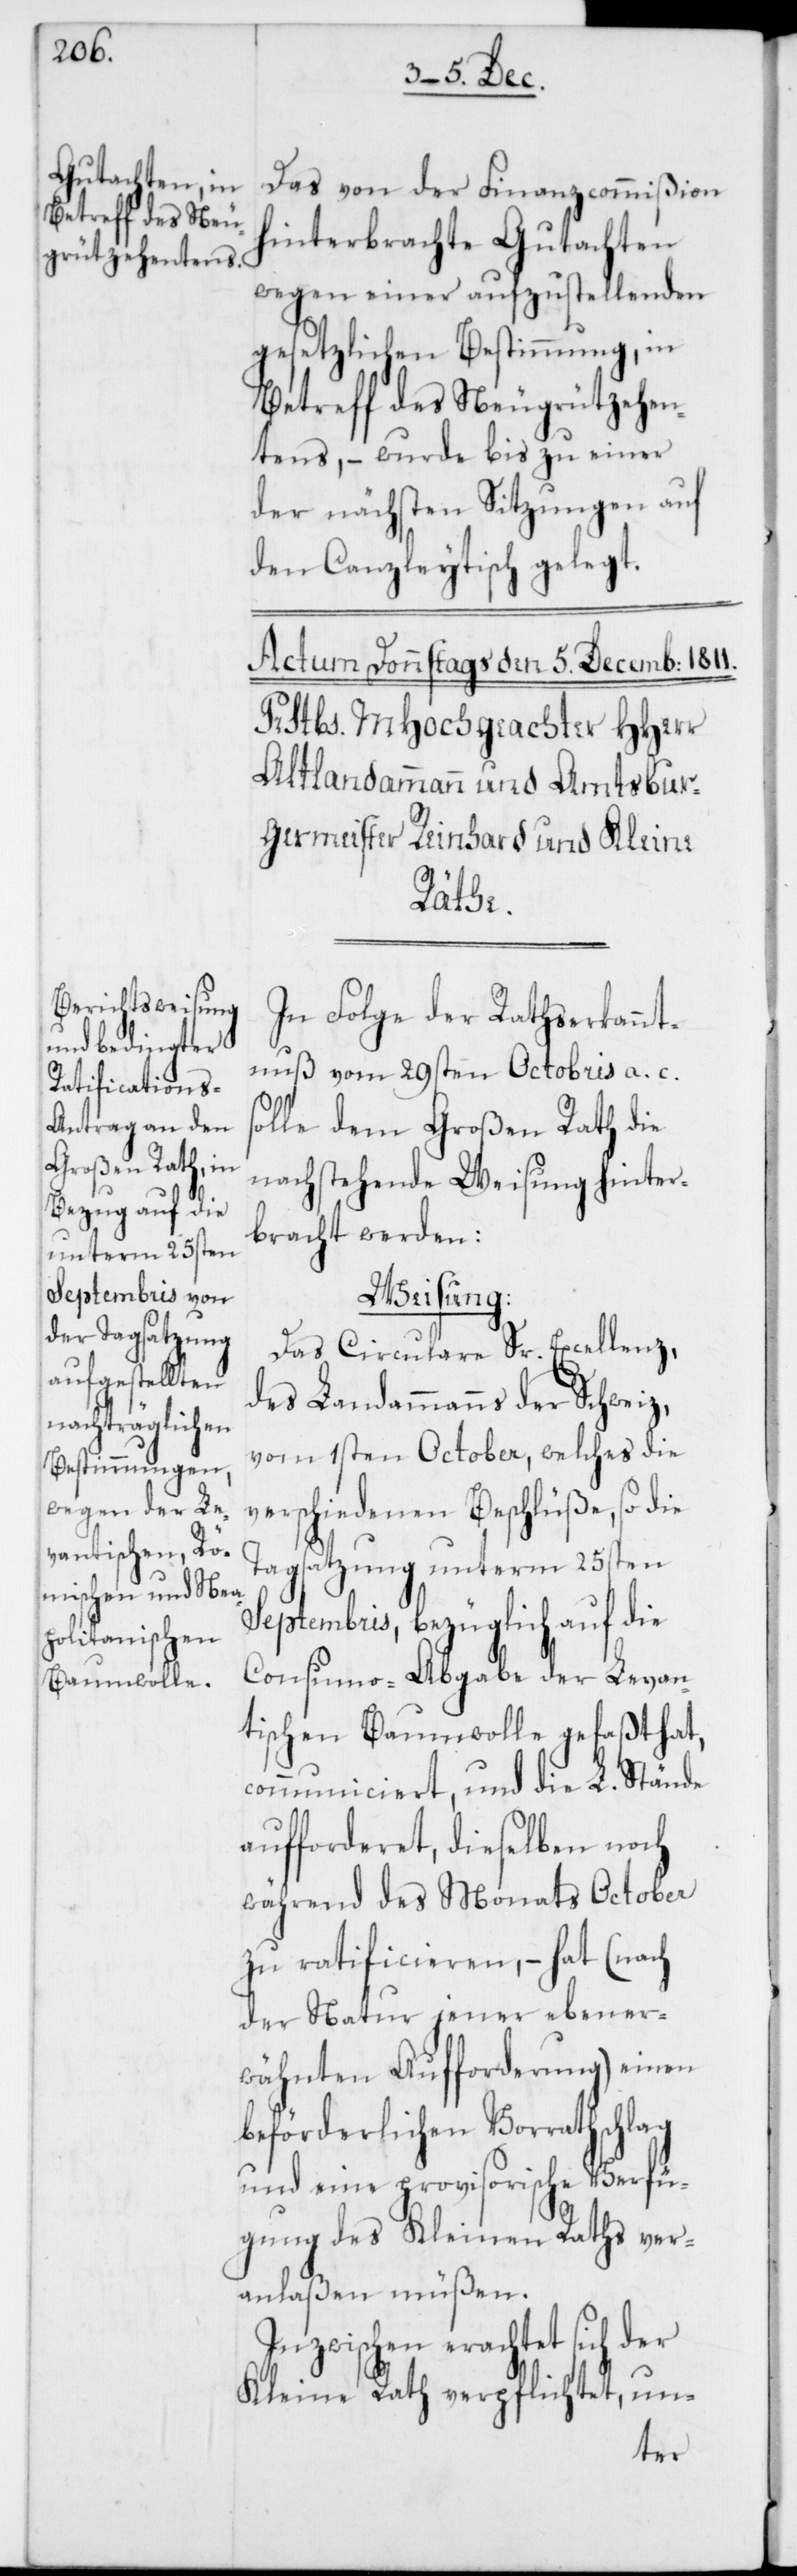
Das von der Finanzcommißion
hinterbrachte Gutachten
wegen einer aufzustellenden
gesetzlichen Bestimmung, in
Betreff des Neugrützehen¬
tens, – wurde bis zu einer
der nächsten Sitzungen auf
den Canzleytisch gelegt.
In Folge der Rathserkannt¬
nuß vom 29sten Octobris a. c.
solle dem Großen Rath die
nachstehende Weisung hinter¬
bracht werden:
Weisung.
Das Circulare Sr. Excellenz,
des Landammanns der Schweiz,
vom 1sten October, welches die
verschiedenen Beschlüße, so die
Tagsatzung unterm 25sten
Septembris, bezüglich auf die
Consumo-Abgabe der Levan¬
tischen Baumwolle gefaßt hat,
communiciert, und die L. Stände
aufforderet, dieselben noch
während des Monats October
zu ratificieren, – hat (nach
der Natur jener ebener¬
wähnten Aufforderung) einen
beförderlichen Vorrathschlag
und eine provisorische Verfü¬
gung des Kleinen Raths ver¬
anlaßen müßen.
Inzwischen erachtet sich der
Kleine Rath verpflichtet, un-